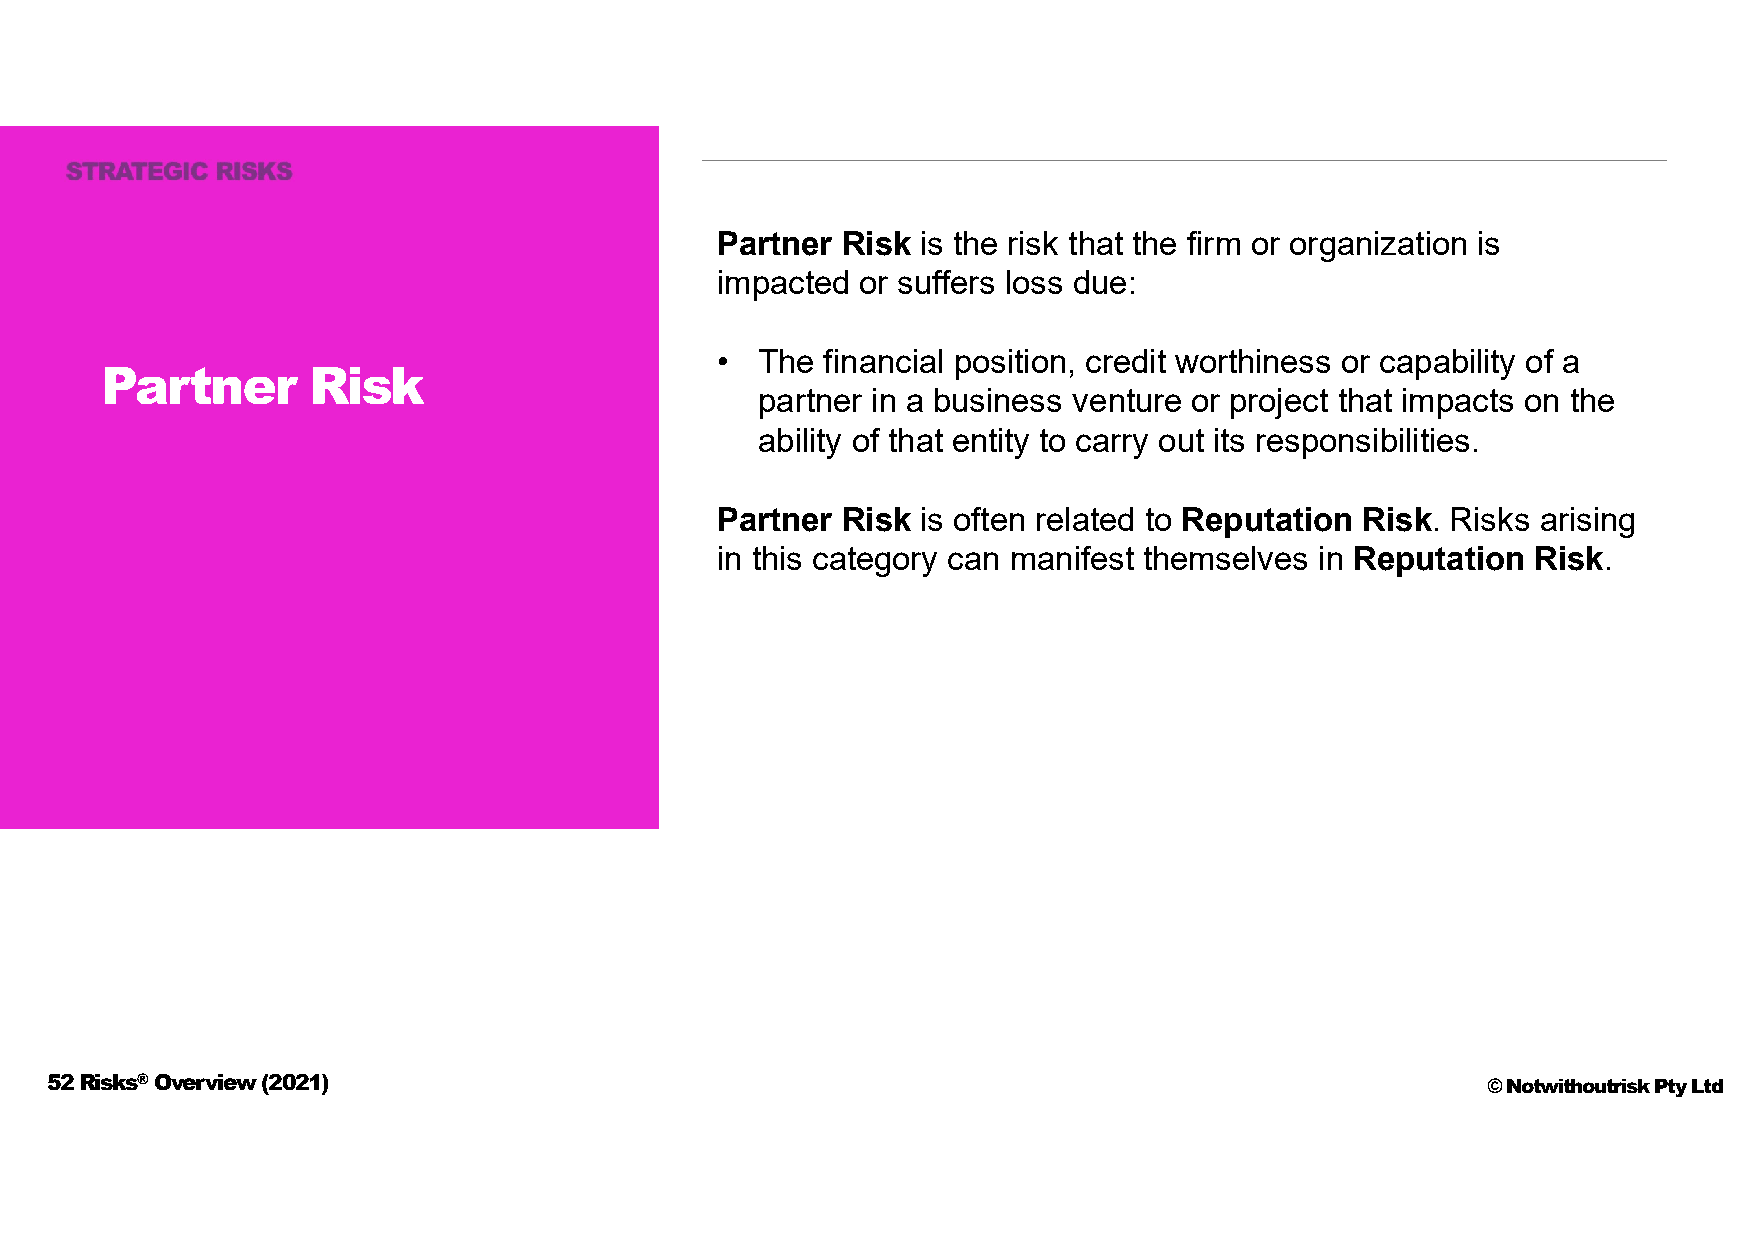
Partner  Risk is the risk that the firm or organization is
 impacted  or suffers loss due:
 •  The  financial position, credit worthiness or capability of a
 Partner      Risk
 partner in a business venture or project that impacts on the
 ability of that entity to carry out its responsibilities.
 Partner  Risk is often related to Reputation Risk. Risks arising
 in this category can manifest themselves in Reputation Risk.
 52 Risks®Overview (2021)                                                                       © Notwithoutrisk Pty Ltd